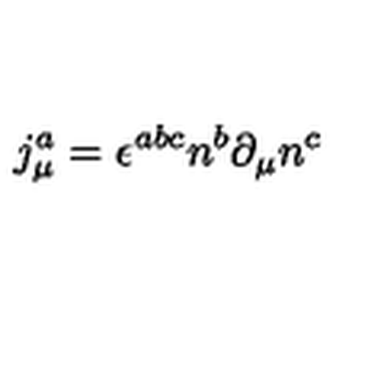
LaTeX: j _ { \mu } ^ { a } = \epsilon ^ { a b c } n ^ { b } \partial _ { \mu } n ^ { c }